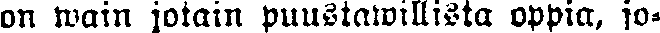
on wain jotain puustawillista oppia, jo-